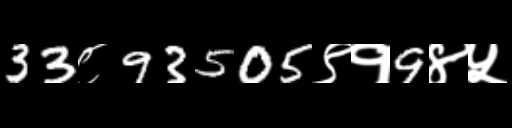
Text: 33८93505९१9४५